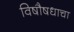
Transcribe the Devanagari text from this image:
विषौषधाचा